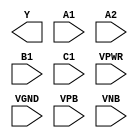
module sky130_fd_sc_ls__a211oi (
    Y   ,
    A1  ,
    A2  ,
    B1  ,
    C1  ,
    VPWR,
    VGND,
    VPB ,
    VNB
);

    output Y   ;
    input  A1  ;
    input  A2  ;
    input  B1  ;
    input  C1  ;
    input  VPWR;
    input  VGND;
    input  VPB ;
    input  VNB ;
endmodule